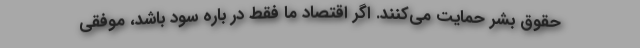
حقوق بشر حمایت می‌کنند. اگر اقتصاد ما فقط در باره سود باشد، موفقی